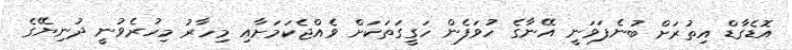
އޮޑެގާޑް އިތުރަށް ބުނެފަވަނީ އޭނާގެ ހުވަފެން ހަގީގަތަކަށް ވެއްޖެކަމަށާއި މިހާރު މިހުރެވުނީ ދުނިޔޭގެ